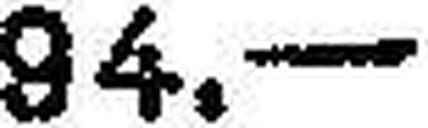
94.—